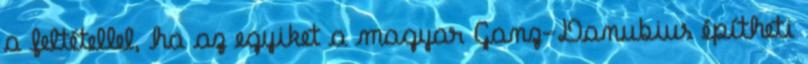
a feltétellel, ha az egyiket a magyar Ganz-Danubius építheti